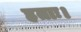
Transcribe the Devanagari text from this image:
हताः।